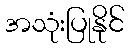
အသုံးပြုနိုင်